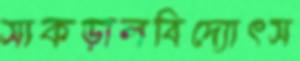
সাকড়ালবিদ্যোৎস